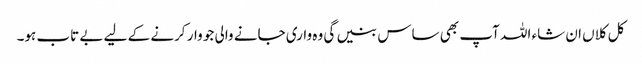
کل کلاں ان شاء اللہ آپ بھی ساس بنیں گی وہ واری جانے والی جو وار کرنے کے لیے بے تاب ہو۔